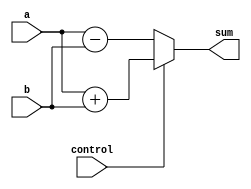
`timescale 1ns / 1ns

module addsubg(a,b,sum,control);
	parameter size=16;
	input [size-1:0] a, b;
	input control;
	output [size-1:0] sum;
	assign sum = control ? (a + b) : (a - b);
endmodule